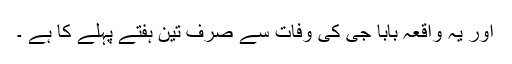
اور یہ واقعہ بابا جی کی وفات سے صرف تین ہفتے پہلے کا ہے ۔